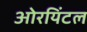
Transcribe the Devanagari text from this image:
ओरयिंटल